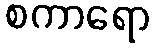
စကာရော